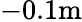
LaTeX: -0.1\textrm{m}